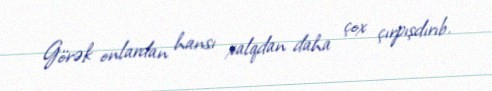
Görək onlardan hansı xalqdan daha çox çırpışdırıb.